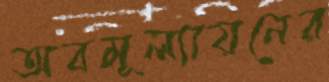
অবমূল্যায়নের